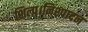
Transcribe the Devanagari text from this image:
शिल्प।निश्पादन